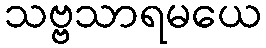
သဗ္ဗသာရမယေ